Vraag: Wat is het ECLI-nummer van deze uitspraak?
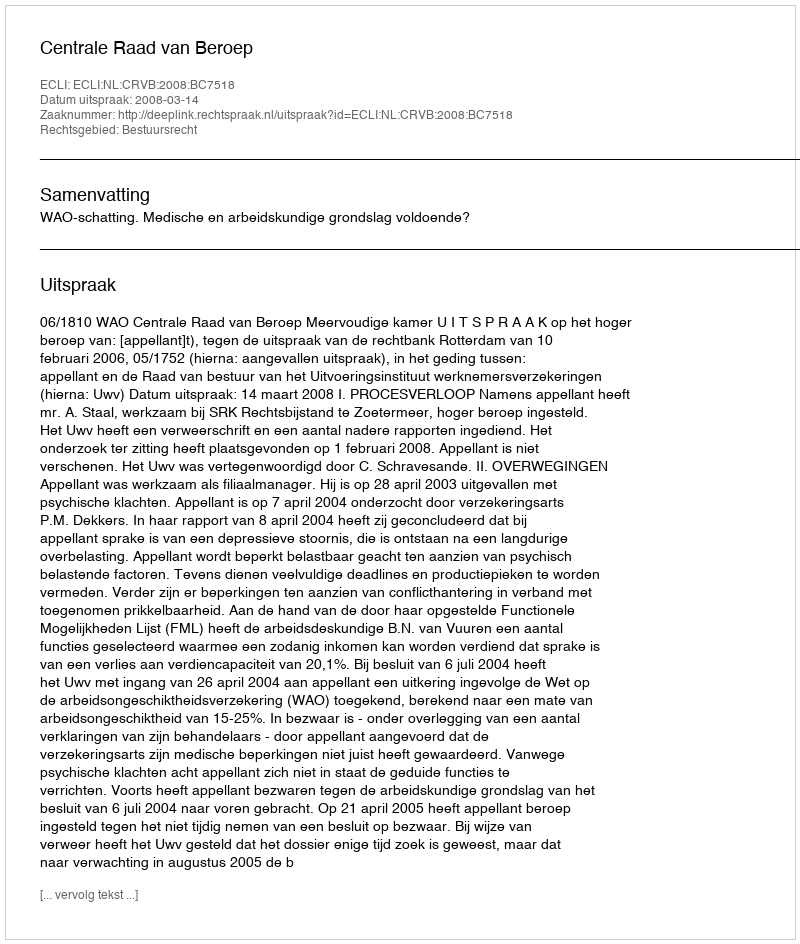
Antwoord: ECLI:NL:CRVB:2008:BC7518